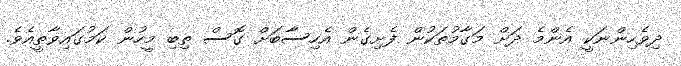
ދިވެހިންނަކީ އެންމެ ދަށް މަގާމުތަކުން ފެށިގެން އެހިސާބަށް ގޮސް ތިބި މީހުން ކަމުގައިވާތީއެވެ.